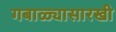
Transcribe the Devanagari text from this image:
गबाळ्यासारखी